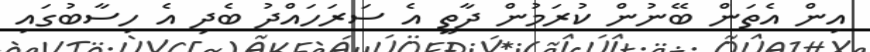
އިން އެތަން ބޭނުން ކުރަމުން ދާތީ އެ ސަރަހައްދު ބެދި އެ ހިސާބުގައި